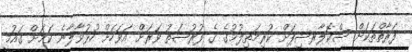
ފަރާތްތަކަށް ސްކޮލާރޝިޕަށް ކުރިމަތިލުމުގެ ގެ ފުރުޞަތު ވަރަށް އަވަހަށް ހުޅުވާލާނެ ކަމަށް ޤައުމީ